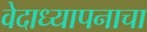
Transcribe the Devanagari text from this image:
वेदाध्यापनाचा